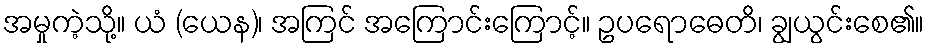
အမှုကဲ့သို့။ ယံ (ယေန)၊ အကြင် အကြောင်းကြောင့်။ ဥပရောဓေတိ၊ ချွယွင်းစေ၏။